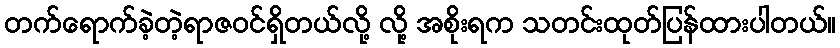
တက်ရောက်ခဲ့တဲ့ရာဇဝင်ရှိတယ်လို့ လို့ အစိုးရက သတင်းထုတ်ပြန်ထားပါတယ်။